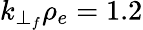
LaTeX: k_{\perp_{f}}\rho_{e}=1.2